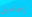
إسماعيل